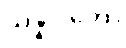
သန္နိပါတော